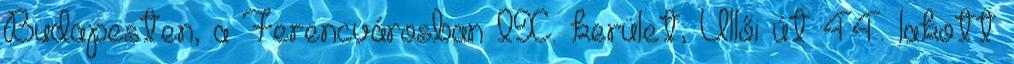
Budapesten, a Ferencvárosban IX. kerület, Üllői út 44. lakott